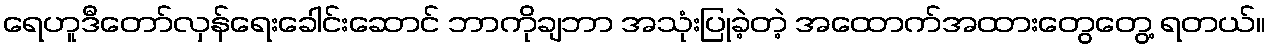
ရေဟူဒီတော်လှန်ရေးခေါင်းဆောင် ဘာကိုချဘာ အသုံးပြုခဲ့တဲ့ အထောက်အထားတွေတွေ့ ရတယ်။